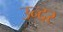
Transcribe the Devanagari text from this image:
उन्दर